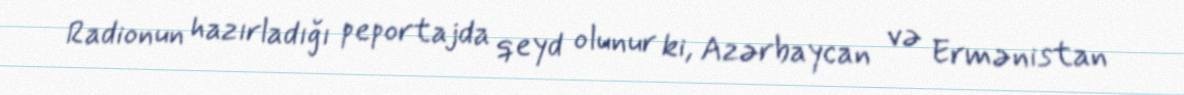
Radionun hazırladığı peportajda qeyd olunur ki, Azərbaycan və Ermənistan